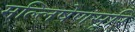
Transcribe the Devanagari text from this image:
मल्लिषेणसूरि